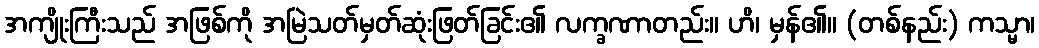
အကျိုးကြီးသည် အဖြစ်ကို အမြဲသတ်မှတ်ဆုံးဖြတ်ခြင်း၏ လက္ခဏာတည်း။ ဟိ၊ မှန်၏။ (တစ်နည်း) ကသ္မာ၊